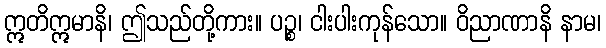
ဣတိဣမာနိ၊ ဤသည်တို့ကား။ ပဉ္စ၊ ငါးပါးကုန်သော။ ဝိညာဏာနိ နာမ၊